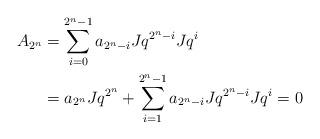
LaTeX: \begin{align*}A_{2^n} &=\sum_{i=0}^{2^n-1} a_{2^n-i} Jq^{2^n-i} Jq^i \\ &= a_{2^n} Jq^{2^n}+\sum_{i=1}^{2^n-1} a_{2^n-i} Jq^{2^n-i} Jq^i=0 \end{align*}